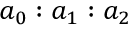
a _ { 0 } : a _ { 1 } : a _ { 2 }